Cholera in southern India
Disease focus: Cholera
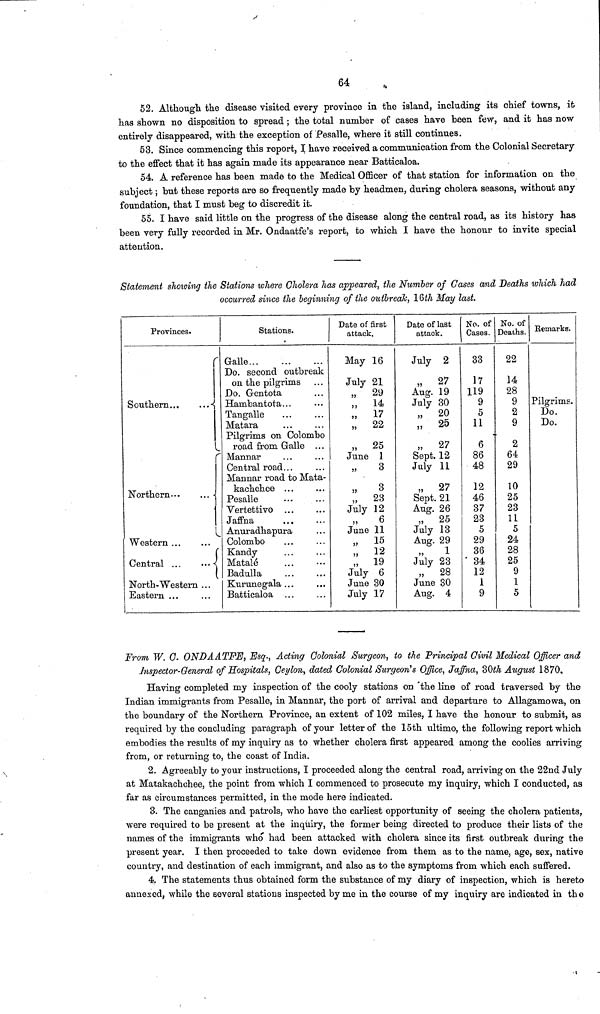
64
52. Although the disease visited every province in the island, including its chief towns, it
has shown no disposition to spread ; the total number of cases have been few, and it has now
entirely disappeared, with the exception of Pesalle, where it still continues.
53. Since commencing this report, I have received a communication from the Colonial Secretary
to the effect that it has again made its appearance near Batticaloa.
54. A reference has been made to the Medical Officer of that station for information on the
subject ; but these reports are so frequently made by headmen, during cholera seasons, without any
foundation, that I must beg to discredit it.
55. I have said little on the progress of the disease along the central road, as its history has
been very fully recorded in Mr. Ondaatfe's report, to which I have the honour to invite special
attention.
Statement showing the Stations where Cholera has appeared, the Number of Gases and Deaths which had
occurred since the beginning of the outbreak, 16th May last.
Provinces.
Southern...
...-{
I
Northern
I
Western
Central ...
...
North-Western ...
Eastern ...
i
Stations.
Galle
Do. second outbreak
on the pilgrims
Do. Gentota
Hambantota...
Tangalle
Matara
Pilgrims on Colombo
road from Galle
Mannar
Central road...
Mannar road to Mata-
kachchee ...
Pesalle
Vertettivo
Jaffna
Anuradhapura
Colombo
Kandy
Matale
Badulla
Kurunegala ...
Batticaloa ...
Date of first
attack.
May 16
July 21
» 29
„
14
»
17
„
22
„
25
June 1
»
3
»
3
"
23
July 12
6
June 11
„
15
„
12
„ 19
July 6
June 30
July 17
Date of last
attack.
July 2
„ 27
Aug. 19
July 30
» 20
„
25
„
27
Sept. 12
July 11
» 27
Sept. 21
Aug. 26
„
25
July 13
Aug. 29
„
1
July 23
„
28
June 30
Aug. 4
No. of
Cases.
33
17
119
9
5
11
6
86
48
12
46
37
23
5
29
36
34
12
1
9
No. of
Deaths.
22
14
28
9
2
9
2
64
29
10
25
23
11
5
24
28
25
9
1
5
Remarks.
Pilgrims.
Do.
Do.
From W. C ONDAATFE, Esq., Acting Colonial Surgeon, to the Principal Civil Medical Officer and
Inspector-General of Hospitals, Ceylon, dated Colonial Surgeon's Office, Jaffna, 30th August 1870,
Having completed my inspection of the cooly stations on 'the line of road traversed by the
Indian immigrants from Pesalle, in Mannar, the port of arrival and departure to Allagamowa, on
the boundary of the Northern Province, an extent of 102 miles, I have the honour to submit, as
required by the concluding paragraph of your letter of the 15th ultimo, the following report which
embodies the results of my inquiry as to whether cholera first appeared among the coolies arriving
from, or returning to, the coast of India.
2. Agreeably to your instructions, I proceeded along the central road, arriving on the 22nd July
at Matakachchee, the point from which I commenced to prosecute my inquiry, which I conducted, as
far as circumstances permitted, in the mode here indicated.
3. The canganies and patrols, who have the earliest opportunity of seeing the cholera patients,
were required to be present at the inquiry, the former being directed to produce their lists of the
names of the immigrants who had been attacked with cholera since its first outbreak during the
present year. I then proceeded to take down evidence from them as to the name, age, sex, native
country, and destination of each immigrant, and also as to the symptoms from which each suffered.
4. The statements thus obtained form the substance of my diary of inspection, which is hereto
annexed, while the several stations inspected by me in the course of my inquiry are indicated in the